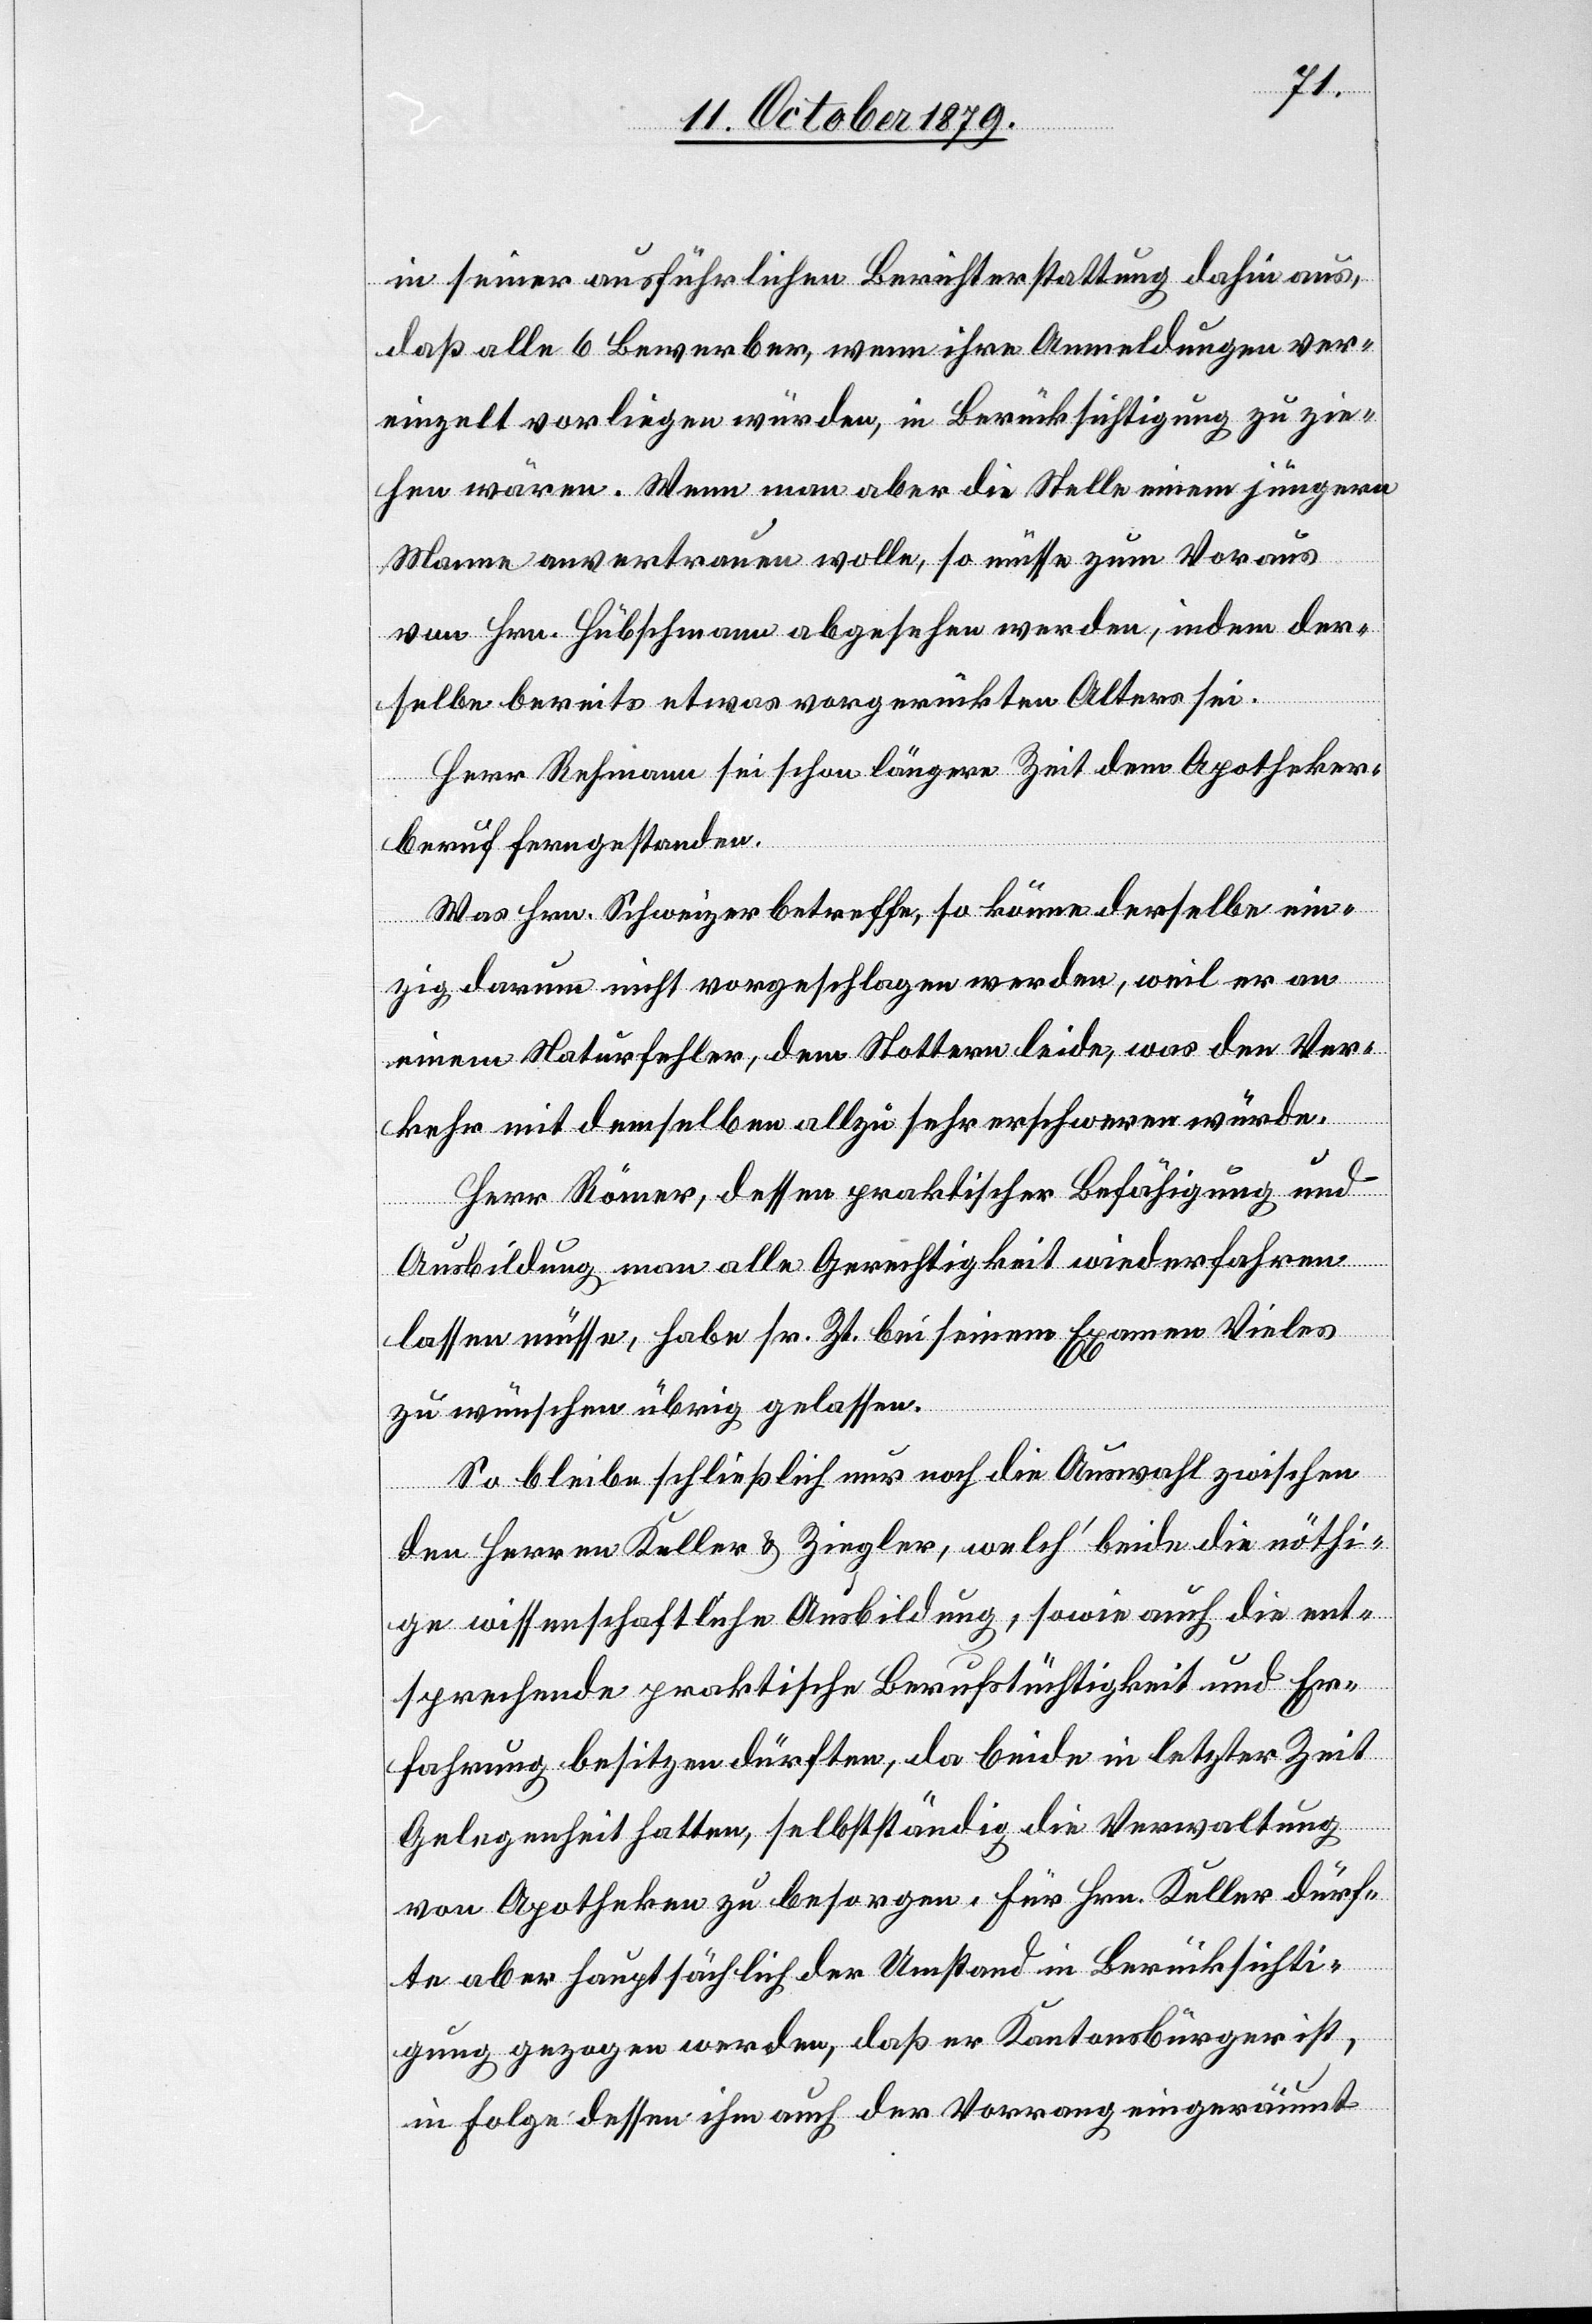
in seiner ausführlichen Berichterstattung dafür aus,
dass alle 6 Bewerber, wenn ihre Anmeldungen ver¬
einzelt vorliegen würden, in Berücksichtigung zu zie¬
hen wären. Wenn man aber die Stelle einem jüngeren
Manne anvertrauen wolle, so müsse zum Voraus
von Hrn. Hübschmann abgesehen werden, indem der¬
selbe bereits etwas vorgerückten Alters sei.
Herr Rehmann sei schon längere Zeit dem Apotheker¬
beruf ferngestanden.
Was Hrn. Schweizer betreffe, so könne derselbe ein¬
zig darum nicht vorgeschlagen werden, weil er an
einem Naturfehler, dem Stottern leide, was den Ver¬
kauf mit demselben allzu sehr erschweren würde.
Herr Römer, dessen praktischer Befähigung und
Ausbildung man alle Gerechtigkeit wiederfahren
lassen müsse, habe sr. Zt. bei seinem Examen Vieles
zu wünschen übrig gelassen.
So bleibe schließlich nur noch die Auswahl zwischen
den Herren Keller & Ziegler, welch’ beide die nöthi¬
ge wissenschaftliche Ausbildung, sowie auch die ent¬
sprechende praktische Berufstüchtigkeit und Er¬
fahrung besitzen dürften, da beide in letzter Zeit
Gelegenheit hatten, selbstständig die Verwaltung
von Apotheken zu besorgen. Für Hrn. Keller dürf¬
te aber hauptsächlich der Umstand in Berücksichti¬
gung gezogen werden, daß er Kantonsbürger ist,
in Folge dessen ihm auch der Vorrang eingeräumt